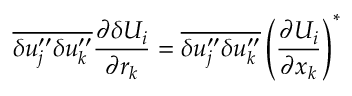
\overline { { { \delta u _ { j } ^ { \prime \prime } \delta u _ { k } ^ { \prime \prime } } } } \frac { \partial \delta U _ { i } } { \partial r _ { k } } = \overline { { { \delta u _ { j } ^ { \prime \prime } \delta u _ { k } ^ { \prime \prime } } } } \left( \frac { \partial U _ { i } } { \partial x _ { k } } \right) ^ { * }